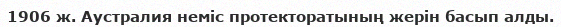
1906 ж. Аустралия неміс протекторатының жерін басып алды.